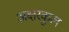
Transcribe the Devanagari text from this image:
अक्षरकुल